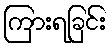
ကြားရခြင်း